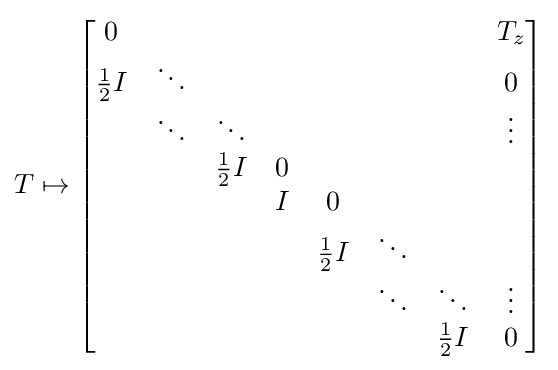
T\mapsto {\begin{bmatrix}0&\;&&&&\;&&T_{z}\\{\frac {1}{2}}I&\ddots &&&&&&0\\\;&\ddots &\ddots &&&&&\vdots \\\;&\;&{\frac {1}{2}}I&0&&\;&&\\&\;&&I&0&&&\\&&&\;&{\frac {1}{2}}I&\ddots &&\;\\\;&&&&\;&\ddots &\ddots &\vdots \\\;&\;&&&\;&\;&{\frac {1}{2}}I&0\end{bmatrix}}